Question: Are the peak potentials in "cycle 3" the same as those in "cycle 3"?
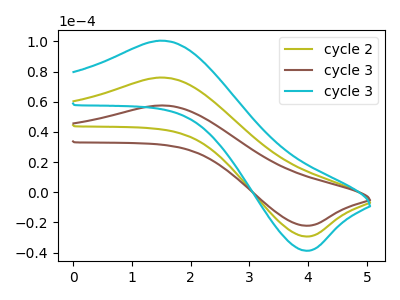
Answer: <think>The olive curve "cycle 2" has an anodic peak at (1.50V, 76.05uA) and a cathodic peak at (3.95V, -29.40uA). The brown curve "cycle 3" has an anodic peak at (1.50V, 57.55uA) and a cathodic peak at (3.95V, -22.25uA). The cyan curve "cycle 3" has an anodic peak at (1.50V, 152.10uA) and a cathodic peak at (3.95V, -58.80uA).</think>
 <answer>Yes, "cycle 3" have a peak in "cycle 3" at the same potential.</answer>
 <eval>match</eval>